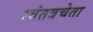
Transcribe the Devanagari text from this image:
स्वंतत्रचेता